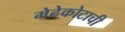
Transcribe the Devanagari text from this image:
मेढेकोटाची